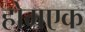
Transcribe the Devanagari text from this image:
होमएक